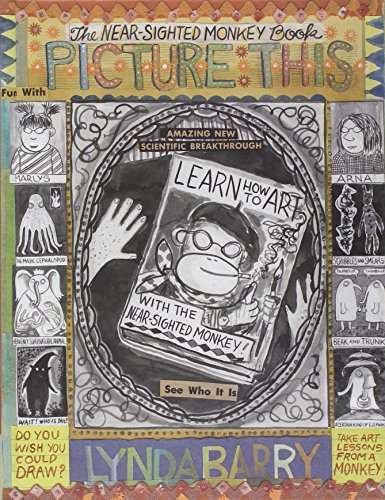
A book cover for Picture This: The Near-sighted Monkey Book; Lynda Barry; Comics & Graphic Novels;